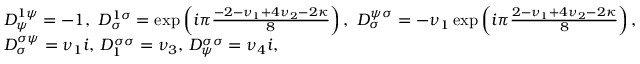
\begin{array} { r l } & { D _ { \psi } ^ { 1 \psi } = - 1 , \ D _ { \sigma } ^ { 1 \sigma } = \exp \left( i \pi \frac { - 2 - \nu _ { 1 } + 4 \nu _ { 2 } - 2 \kappa } { 8 } \right) , \ D _ { \sigma } ^ { \psi \sigma } = - \nu _ { 1 } \exp \left( i \pi \frac { 2 - \nu _ { 1 } + 4 \nu _ { 2 } - 2 \kappa } { 8 } \right) , } \\ & { D _ { \sigma } ^ { \sigma \psi } = \nu _ { 1 } i , \, D _ { 1 } ^ { \sigma \sigma } = \nu _ { 3 } , \, D _ { \psi } ^ { \sigma \sigma } = \nu _ { 4 } i , } \end{array}